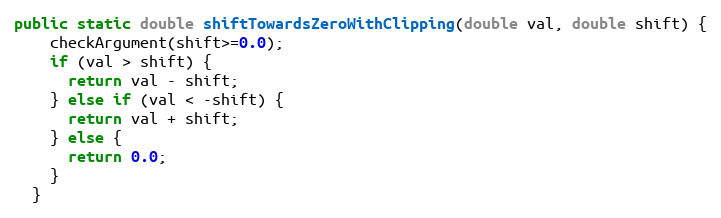
Language: Java
public static double shiftTowardsZeroWithClipping(double val, double shift) {
    checkArgument(shift>=0.0);
    if (val > shift) {
      return val - shift;
    } else if (val < -shift) {
      return val + shift;
    } else {
      return 0.0;
    }
  }